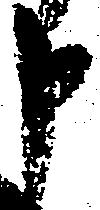
申